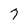
Character: 7